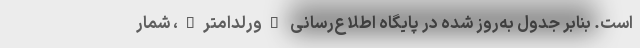
است. بنابر جدول به‌روز شده در پایگاه اطلاع‌رسانی "ورلداُمتر"، شمار